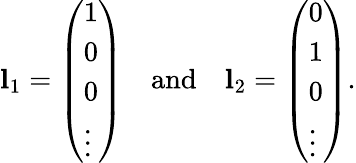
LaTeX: \mathbf{l}_{1}=\left(\begin{array}{l}{1}\\ {0}\\ {0}\\ {\vdots}\end{array}\right)\quad\mathrm{{and}\quad\mathbf{l}_{2}=\left(\begin{array}{l}{0}\\ {1}\\ {0}\\ {\vdots}\end{array}\right).}